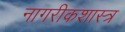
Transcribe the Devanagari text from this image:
नागरीकशास्त्र